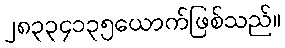
၂၈၃၃၄၁၃၅ယောက်ဖြစ်သည်။